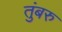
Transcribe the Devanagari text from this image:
तुंबरु